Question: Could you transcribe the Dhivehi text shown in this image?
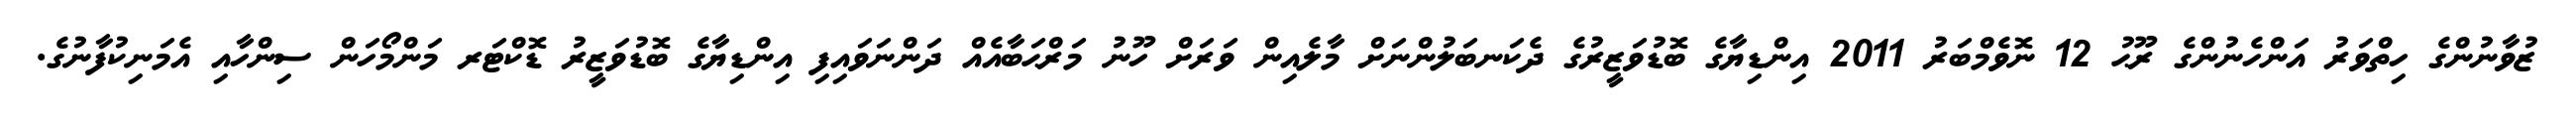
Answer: ޒުވާނުންގެ ހިތްވަރު އަންހެނުންގެ ރޫޙު 12 ނޮވެމްބަރު 2011 އިންޑިޔާގެ ބޮޑުވަޒީރުގެ ދެކަނބަލުންނަށް މާލެއިން ވަރަށް ހޫނު މަރްޙަބާއެއް ދަންނަވައިފި އިންޑިޔާގެ ބޮޑުވަޒީރު ޑޮކްޓަރ މަންމޯހަން ސިންހާއި އެމަނިކުފާނުގެ.